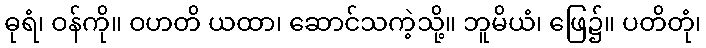
ဓုရံ၊ ဝန်ကို။ ဝဟတိ ယထာ၊ ဆောင်သကဲ့သို့။ ဘူမိယံ၊ ဖြေ၌။ ပတိတုံ၊